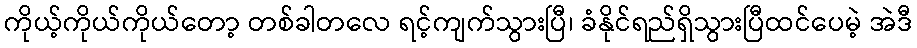
ကိုယ့်ကိုယ်ကိုယ်တော့ တစ်ခါတလေ ရင့်ကျက်သွားပြီ၊ ခံနိုင်ရည်ရှိသွားပြီထင်ပေမဲ့ အဲဒီ